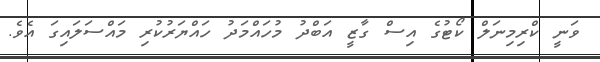
ވަނީ ކްރިމިނަލް ކޯޓުގެ އިސް ގާޒީ އަބްދު މުހައްމަދު ހައްޔަރުކުރި މައްސަލައިގަ އެވެ.